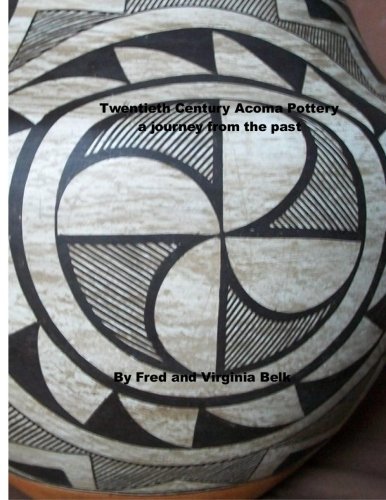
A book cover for Twentieth Century Acoma Pottery: a journey from the past; Fred Belk; Crafts, Hobbies & Home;